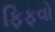
ફિફવો